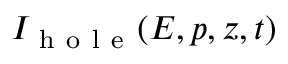
I _ { \mathrm { ~ h ~ o ~ l ~ e ~ } } ( E , p , z , t )